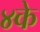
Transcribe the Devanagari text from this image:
४के